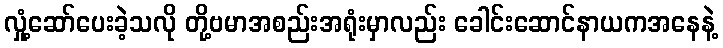
လှုံ့ဆော်ပေးခဲ့သလို တို့ဗမာအစည်းအရုံးမှာလည်း ခေါင်းဆောင်နာယကအနေနဲ့